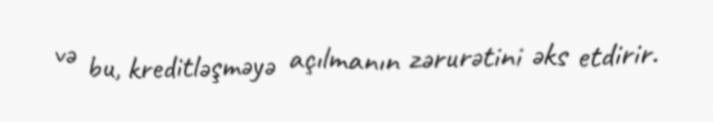
və bu, kreditləşməyə açılmanın zərurətini əks etdirir.